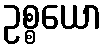
ဥစ္စယော